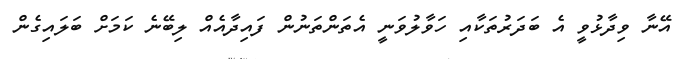
އޭނާ ވިދާޅުވީ އެ ބަދަރުތަކާއި ހަވާލުވަނީ އެތަންތަނުން ފައިދާއެއް ލިބޭނެ ކަމަށް ބަލައިގެން